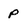
Character: P